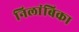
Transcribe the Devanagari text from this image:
निलांबिका